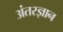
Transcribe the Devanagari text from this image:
अंतरज्ञान